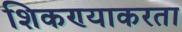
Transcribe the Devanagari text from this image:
शिकण्याकरता